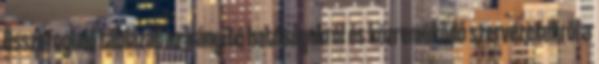
Összefoglaló táblázat az irányító hatóságokról és közreműködő szervezetekről a